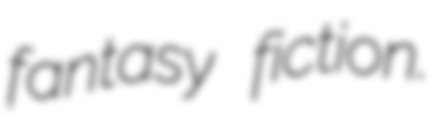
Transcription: fantasy fiction.